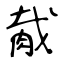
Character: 胾